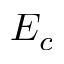
E _ { c }